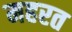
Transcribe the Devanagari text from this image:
महरत